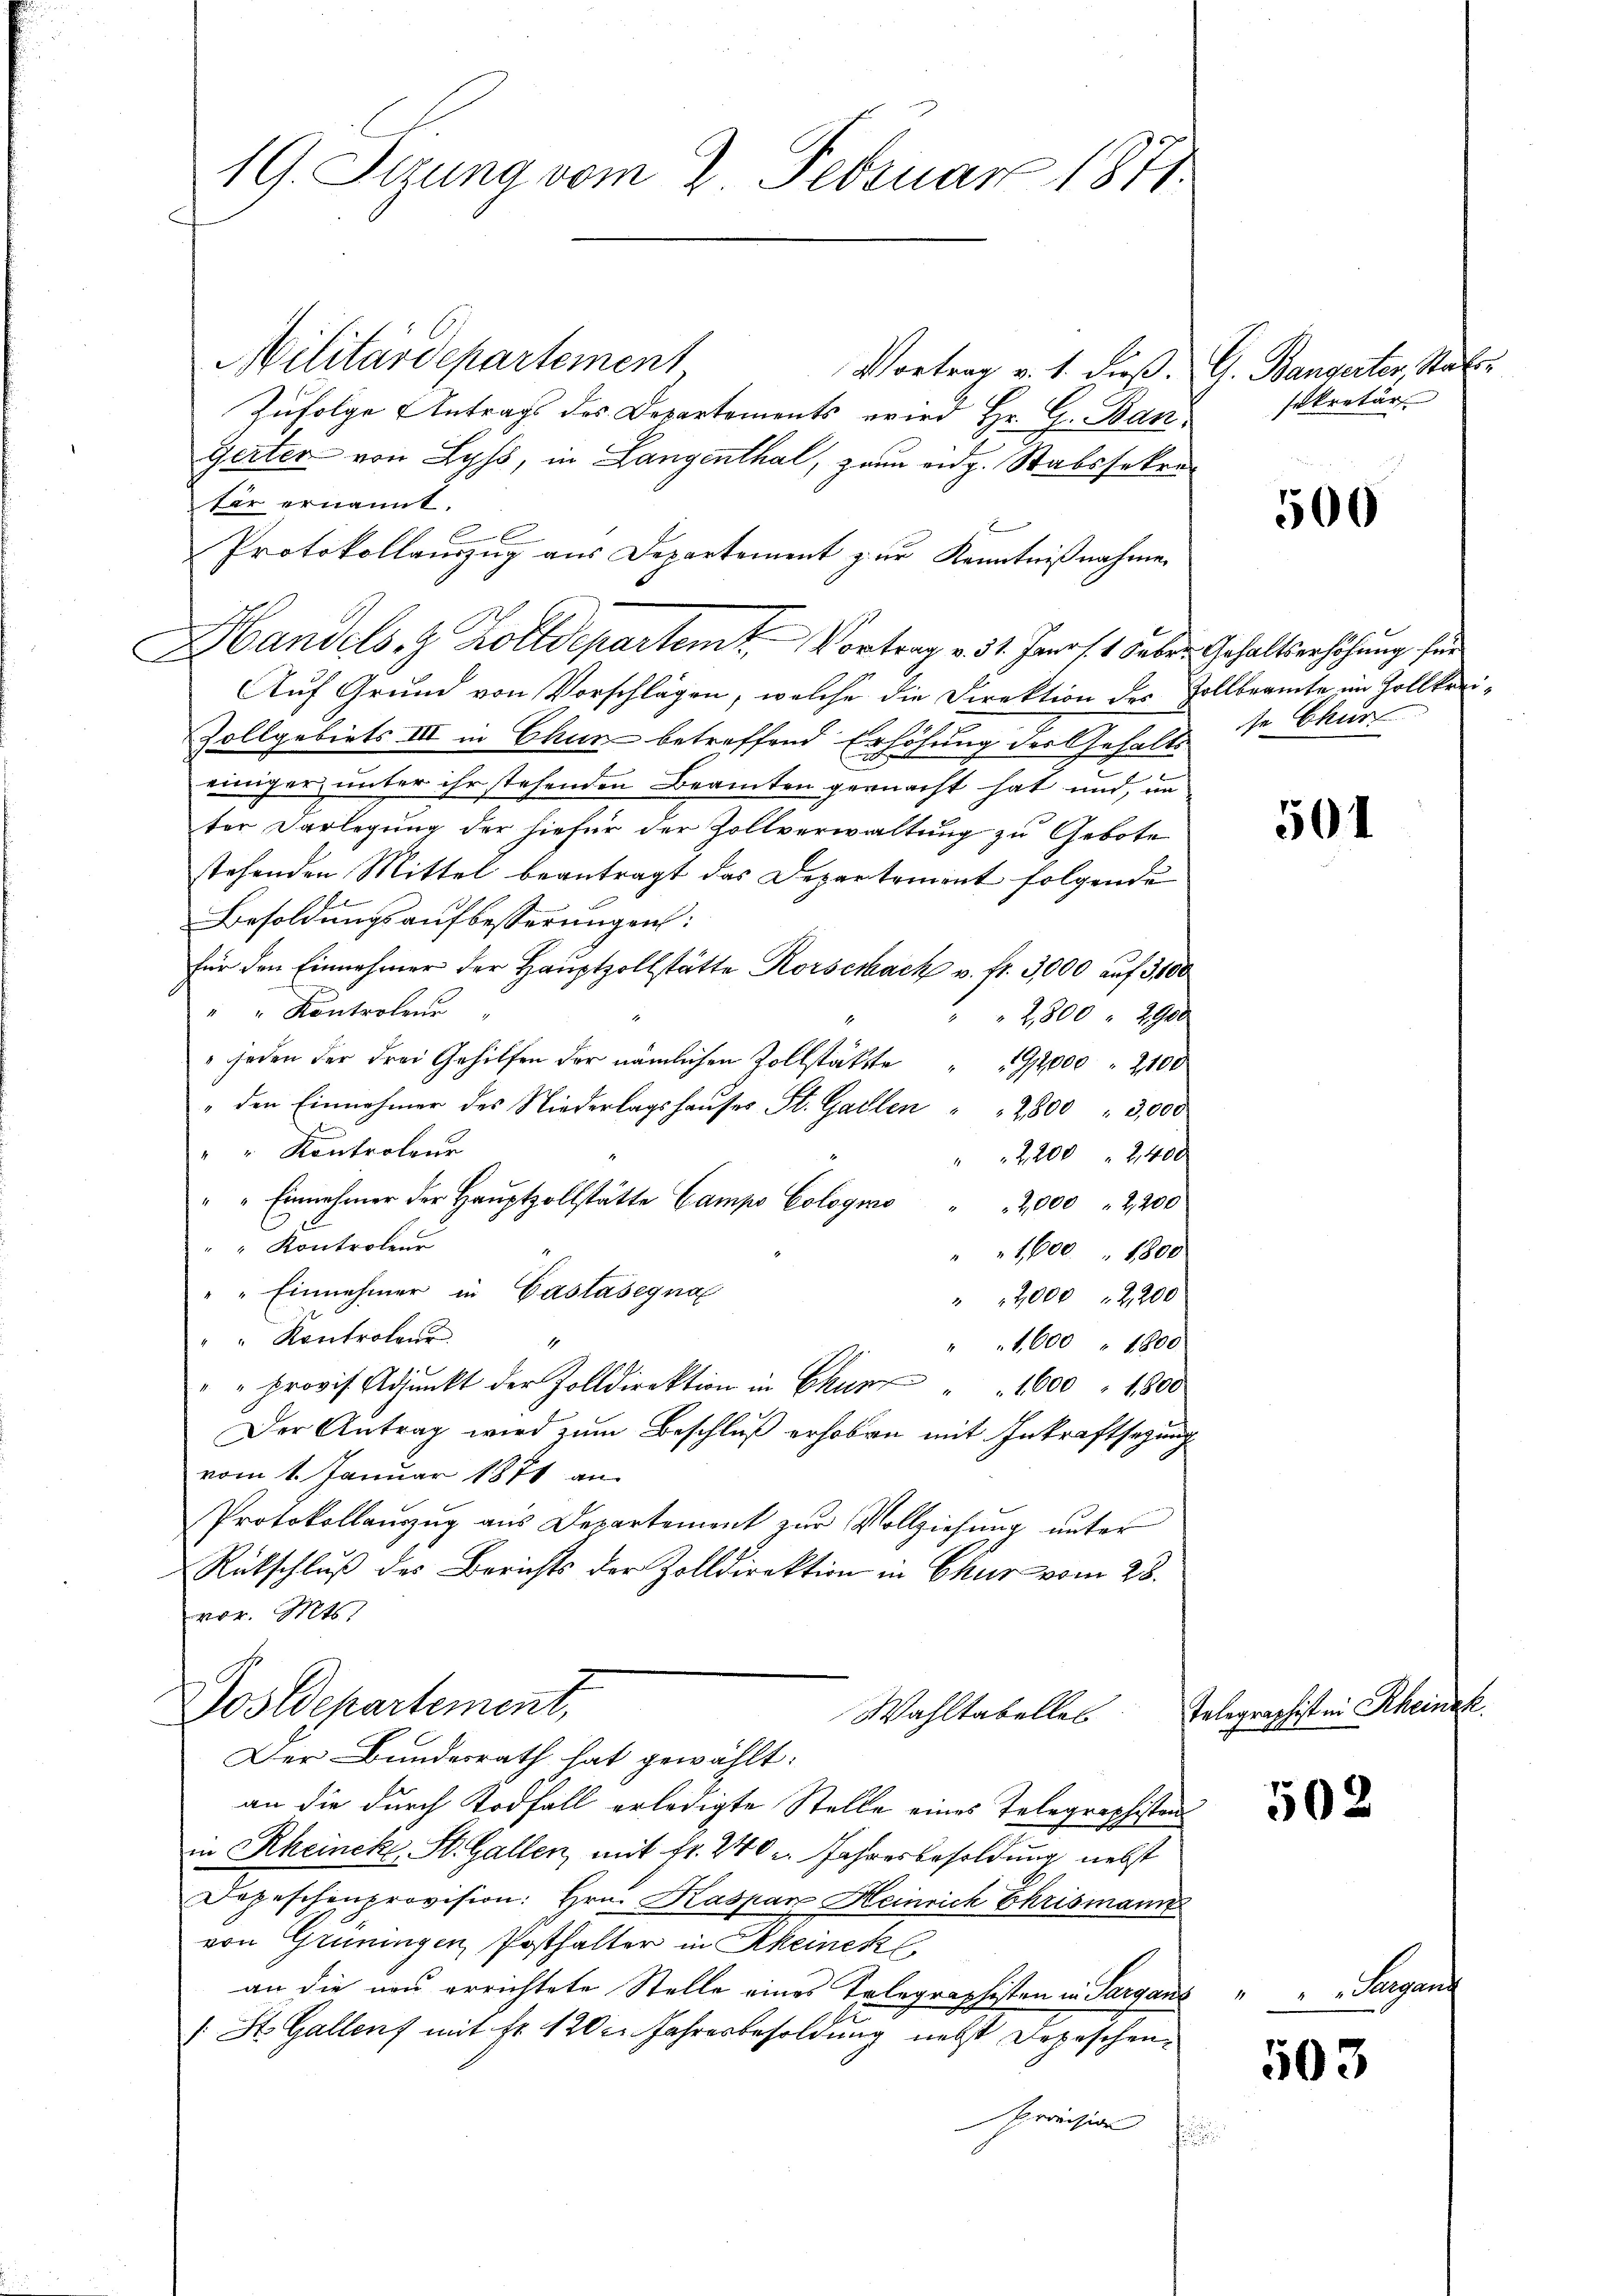
19. Sezung vom 2. Februar 1871.

Militärdepartement
Vortrag v. 1. dieß. G. Bangerter, Statt¬
Zufolge Antrags des Departements wird Hr. G. Ban¬
Gerter von Lyss, in Langenthal, zum eidg. Stabssekrefür ernannt.
E
Protokollauszug aus Departement zur Kenntnißnahme
Handels. z. Kolldepartem Vortrag v. 31. Janos 1 Febr. Gehaltserhöhung für
Auf Grund von Vorschlägen, welche die Direktion des Vollbeamte im Zollkrei¬
Zollgebiets III in Chun betreffend Erhöhung der Gehalt se Chur
einiger unter ihr stehenden Beamten gemacht hat und, un
ter Darlegung der hiefür der Zollverwaltung zu Gebote
stehenden Mittel beantragt das Departement folgende
Besoldungsaufbesserungen:
für den Einnahmer der Hauptzollstätte Rorschach v. fr. 3000 auf 3100
" Kontroleur
2800 " 2900
 jeden der drei Gehilfen der nämlichen Zollstätte
92000 " 2100
" den Einnehmer des Niederlagshaŭses St. Gallen " " 2800 " 3,000
" " Kontroleur
2200240x
" " Einnehmer der Haŭptzollstätte Campe Cologno " " 2,000 " 2,200
.
Kontrole
" 1600 " 1800
"" Einnehmer in Gastasegna
 2000 " 2,200
" " Kontroleur
1
1,600 " 1800
"" provis Adjunkt der Zolldirektion in Chun " " 1000 " 1800
Der Antrag wird zum Beschluß erhoben mit Inkraftsezung
vom 1. Januar 1871 an
Protokollauszug aus Departement zŭr Vollziehung unter
Rütschluß des Berichts der Zolldirektion in Chur vom 28.
vor. Mts
Postdepartement,
Wahltabelles
Der Bundesrath hat gewählt:
an die durch Todfall erledigte Stelle eines Telegraphiston
in Rheincke, St. Gallen, mit Fr. 240 u. Jahresbesoldung nebst
Depeschenprovision: hrn. Kaspar Heinrich Chrismann
von Grüningen Posthalter in Rheinek
an die neu errichtete Stelle eines Telegraphisten in Sargans " " " Sargan
1 St. Gallenz mit Fr. 120 in Jahresbesoldung nebst Depeschen
Provision
f

sekretär

500

501

Telegraphisten Rheinak.
502

503